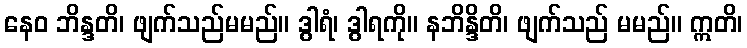
နေဝ ဘိန္ဒတိ၊ ဖျက်သည်မမည်။ ဒွါရံ၊ ဒွါရကို။ နဘိန္ဒိတိ၊ ဖျက်သည် မမည်။ ဣတိ၊